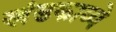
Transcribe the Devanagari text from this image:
खंडकाव्ये